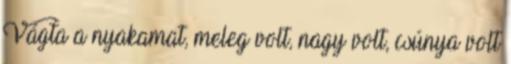
Vágta a nyakamat, meleg volt, nagy volt, csúnya volt